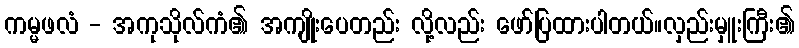
ကမ္မဖလံ - အကုသိုလ်ကံ၏ အကျိုးပေတည်း လို့လည်း ဖော်ပြထားပါတယ်။လှည်းမှူးကြီး၏